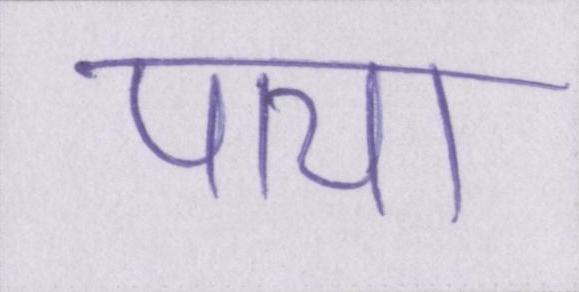
पाया